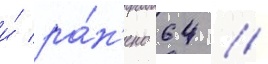
и́ ра́н'ено 64 //